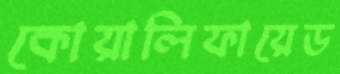
কোয়ালিফায়েড